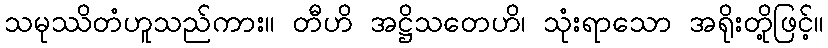
သမုဿိတံဟူသည်ကား။ တီဟိ အဋ္ဌိသတေဟိ၊ သုံးရာသော အရိုးတို့ဖြင့်။